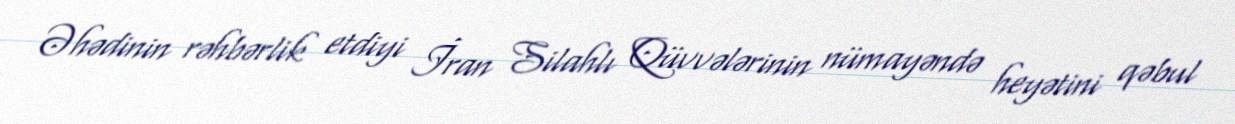
Əhədinin rəhbərlik etdiyi İran Silahlı Qüvvələrinin nümayəndə heyətini qəbul